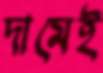
দামেই